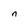
Character: n